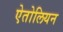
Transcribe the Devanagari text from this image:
ऐतोलियन